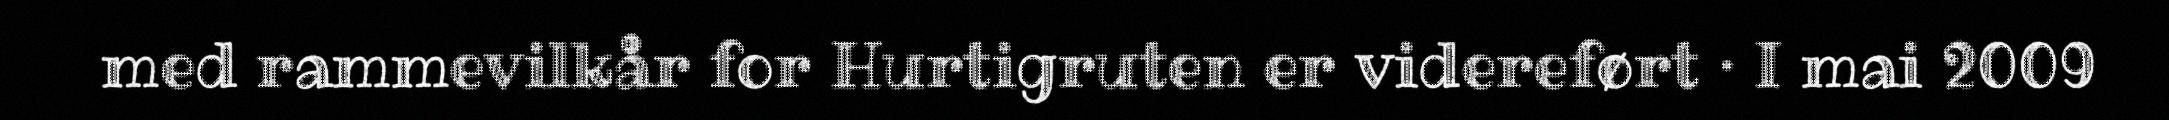
med rammevilkår for Hurtigruten er videreført · I mai 2009